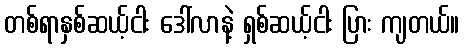
တစ်ရာနှစ်ဆယ့်ငါး ဒေါ်လာနဲ့ ရှစ်ဆယ့်ငါး ပြား ကျတယ်။